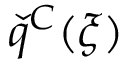
\check { q } ^ { C } ( \xi )